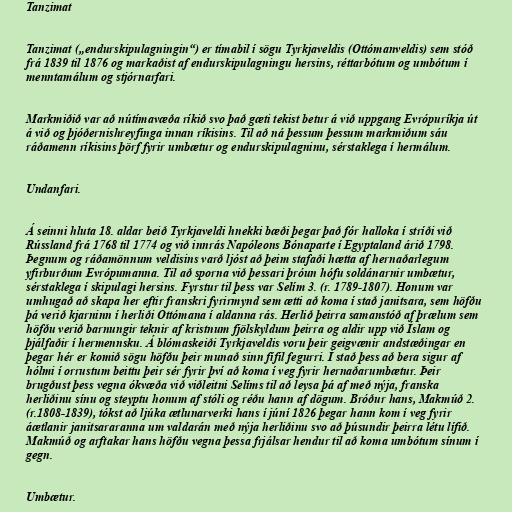
Tanzimat

Tanzimat („endurskipulagningin“) er tímabil í sögu Tyrkjaveldis (Ottómanveldis) sem stóð
frá 1839 til 1876 og markaðist af endurskipulagningu hersins, réttarbótum og umbótum í
menntamálum og stjórnarfari.

Markmiðið var að nútímavæða ríkið svo það gæti tekist betur á við uppgang Evrópuríkja út
á við og þjóðernishreyfinga innan ríkisins. Til að ná þessum þessum markmiðum sáu
ráðamenn ríkisins þörf fyrir umbætur og endurskipulagninu, sérstaklega í hermálum.

Undanfari.

Á seinni hluta 18. aldar beið Tyrkjaveldi hnekki bæði þegar það fór halloka í stríði við
Rússland frá 1768 til 1774 og við innrás Napóleons Bónaparte í Egyptaland árið 1798.
Þegnum og ráðamönnum veldisins varð ljóst að þeim stafaði hætta af hernaðarlegum
yfirburðum Evrópumanna. Til að sporna við þessari þróun hófu soldánarnir umbætur,
sérstaklega í skipulagi hersins. Fyrstur til þess var Selím 3. (r. 1789-1807). Honum var
umhugað að skapa her eftir franskri fyrirmynd sem ætti að koma í stað janitsara, sem höfðu
þá verið kjarninn í herliði Ottómana í aldanna rás. Herlið þeirra samanstóð af þrælum sem
höfðu verið barnungir teknir af kristnum fjölskyldum þeirra og aldir upp við Íslam og
þjálfaðir í hermennsku. Á blómaskeiði Tyrkjaveldis voru þeir geigvænir andstæðingar en
þegar hér er komið sögu höfðu þeir munað sinn fífil fegurri. Í stað þess að bera sigur af
hólmi í orrustum beittu þeir sér fyrir því að koma í veg fyrir hernaðarumbætur. Þeir
brugðust þess vegna ókvæða við viðleitni Selíms til að leysa þá af með nýja, franska
herliðinu sínu og steyptu honum af stóli og réðu hann af dögum. Bróður hans, Makmúð 2.
(r.1808-1839), tókst að ljúka ætlunarverki hans í júní 1826 þegar hann kom í veg fyrir
áætlanir janitsararanna um valdarán með nýja herliðinu svo að þúsundir þeirra létu lífið.
Makmúð og arftakar hans höfðu vegna þessa frjálsar hendur til að koma umbótum sínum í
gegn.

Umbætur.